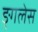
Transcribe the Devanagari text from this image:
ङ्गलेस